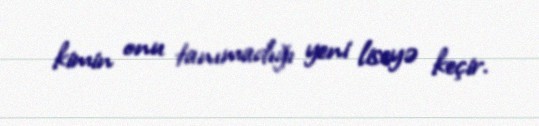
kimin onu tanımadığı yeni liseyə keçir.